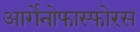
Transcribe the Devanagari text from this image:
आर्गेनोफास्फोरस